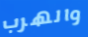
والهرب